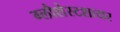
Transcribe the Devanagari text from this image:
ग्लौशेस्टशायर